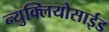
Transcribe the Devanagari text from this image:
न्युक्लियोसाईड